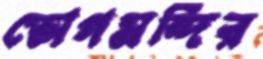
ভোগমন্দির